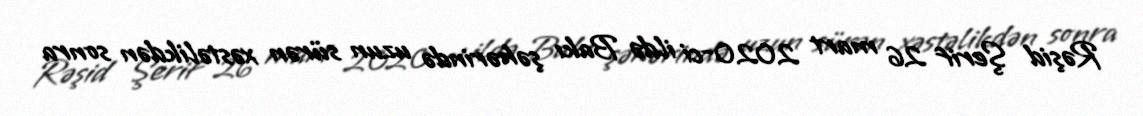
Rəşid Şerif 26 mart 2020-ci ildə Bakı şəhərində uzun sürən xəstəlikdən sonra